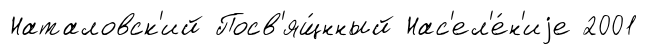
Наталовск'ий Посв'ящ́нный Нас'ел'е́н'иjе 2001